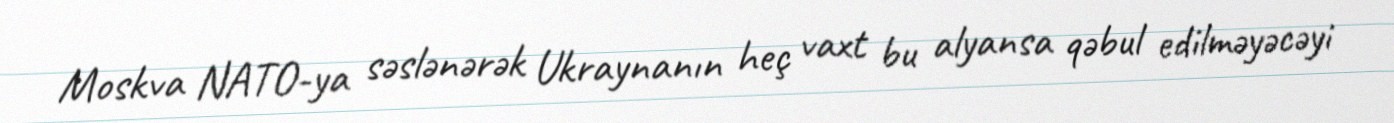
Moskva NATO-ya səslənərək Ukraynanın heç vaxt bu alyansa qəbul edilməyəcəyi